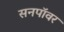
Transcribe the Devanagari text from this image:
सनपॉवर